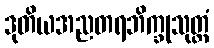
ဒုတိယအညတရဘိက္ခုသုတ္တံ